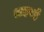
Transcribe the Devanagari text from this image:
अहरई